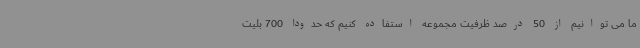
ما می توانیم از 50 درصد ظرفیت مجموعه استفاده کنیم که حدودا 700 بلیت